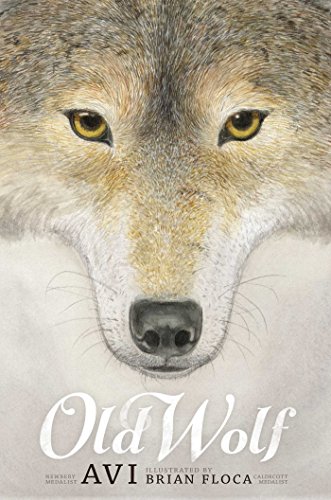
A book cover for Old Wolf; Avi; Children's Books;